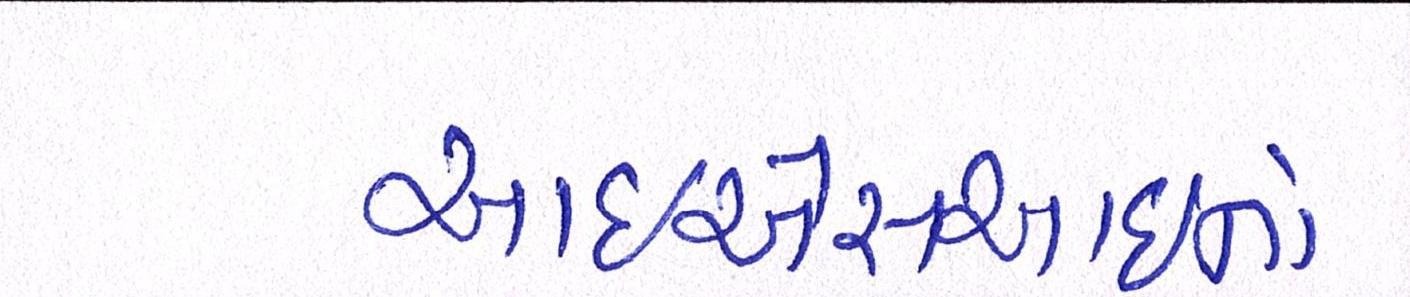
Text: આઇએસઆઇનો